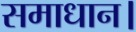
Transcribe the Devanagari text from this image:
समाधान।